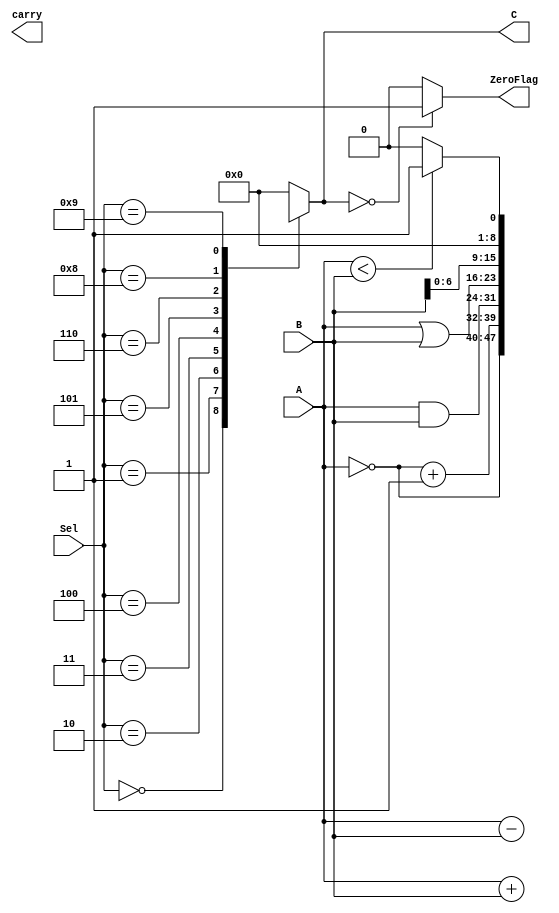
/**********************************************************************************
*	Description:
*	This is the ALU module
*
*	Inputs:
*	input [3:0] control
*	input [WORD_LENGTH - 4:0] A 
*	input [WORD_LENGTH - 4:0] B
*
*	Outputs:
*	output [WORD_LENGTH - 1:0] C
*	output carry
*
*	Author:
*	Cesar Carlos Robles Martinez
*
*	Date:
*	02/09/2017
***********************************************************************************/

module ALU

/***********************************************************************************
*  										PARAMETERS													  *
***********************************************************************************/

#(
	parameter WORD_LENGTH = 8

)

/***********************************************************************************
*  									 		PORTS													     *
***********************************************************************************/

//Input ports
(
	input [3:0] Sel,					// Operation selector
	input [WORD_LENGTH - 1:0] A,		// Input Data 1  
	input [WORD_LENGTH - 1:0] B,		// Input Data 2

//Output ports

	output [WORD_LENGTH - 1:0] C,		// Output Data 
	output carry,						// Carry output
	output ZeroFlag
);

/***********************************************************************************
*  											NETS							   					 	  *
***********************************************************************************/

//Regs
	reg [WORD_LENGTH -1 :0] C_reg;
	reg ZeroFlag_reg;

/***********************************************************************************
*  										ASSIGNMENTS								  				 	  *
***********************************************************************************/

// Carry

		assign C = C_reg;
		assign ZeroFlag = ZeroFlag_reg;
	
	
/***********************************************************************************
*  										DESCRIPTION								  				 	  *
***********************************************************************************/

	always@(A,B) begin
		case (Sel)
			4'b0000: C_reg = A + B;						//add
			4'b0001: C_reg = A - B;						//sub
			4'b0010: C_reg = A [15:0] * B [15:0];	//multi
			4'b0011: C_reg = ~A;							//not
			4'b0100:	C_reg = ~A +1;						//Twos complement 
			4'b0101:	C_reg = A & B;						//and
			4'b0110:	C_reg = A | B;						//or
			4'b0111:	C_reg = {B[15:0],16'b0};		//shamt
			4'b1000:	if(Sel == 4'b1000)
							C_reg = B << 1;
						else
							C_reg = B;
			
			4'b1001:	if(A < B)							//Slti
							C_reg = 32'h00000001;
						else
							C_reg = 32'h00000000;
						
			default: C_reg = 0;
		endcase
	end
	
// Branches conditional flag
	
always@(C_reg, A - B)begin

	if (C_reg == 32'h00000000)
	
		ZeroFlag_reg = 1'b1;
	else 
		ZeroFlag_reg = 1'b0;	
		
end		

	
endmodule